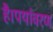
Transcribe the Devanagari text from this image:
है।पर्यावरण